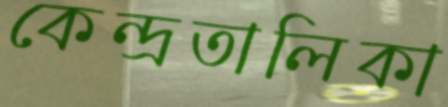
কেন্দ্রতালিকা